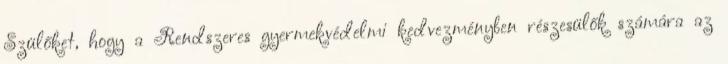
Szülőket, hogy a Rendszeres gyermekvédelmi kedvezményben részesülők számára az